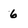
Character: 6